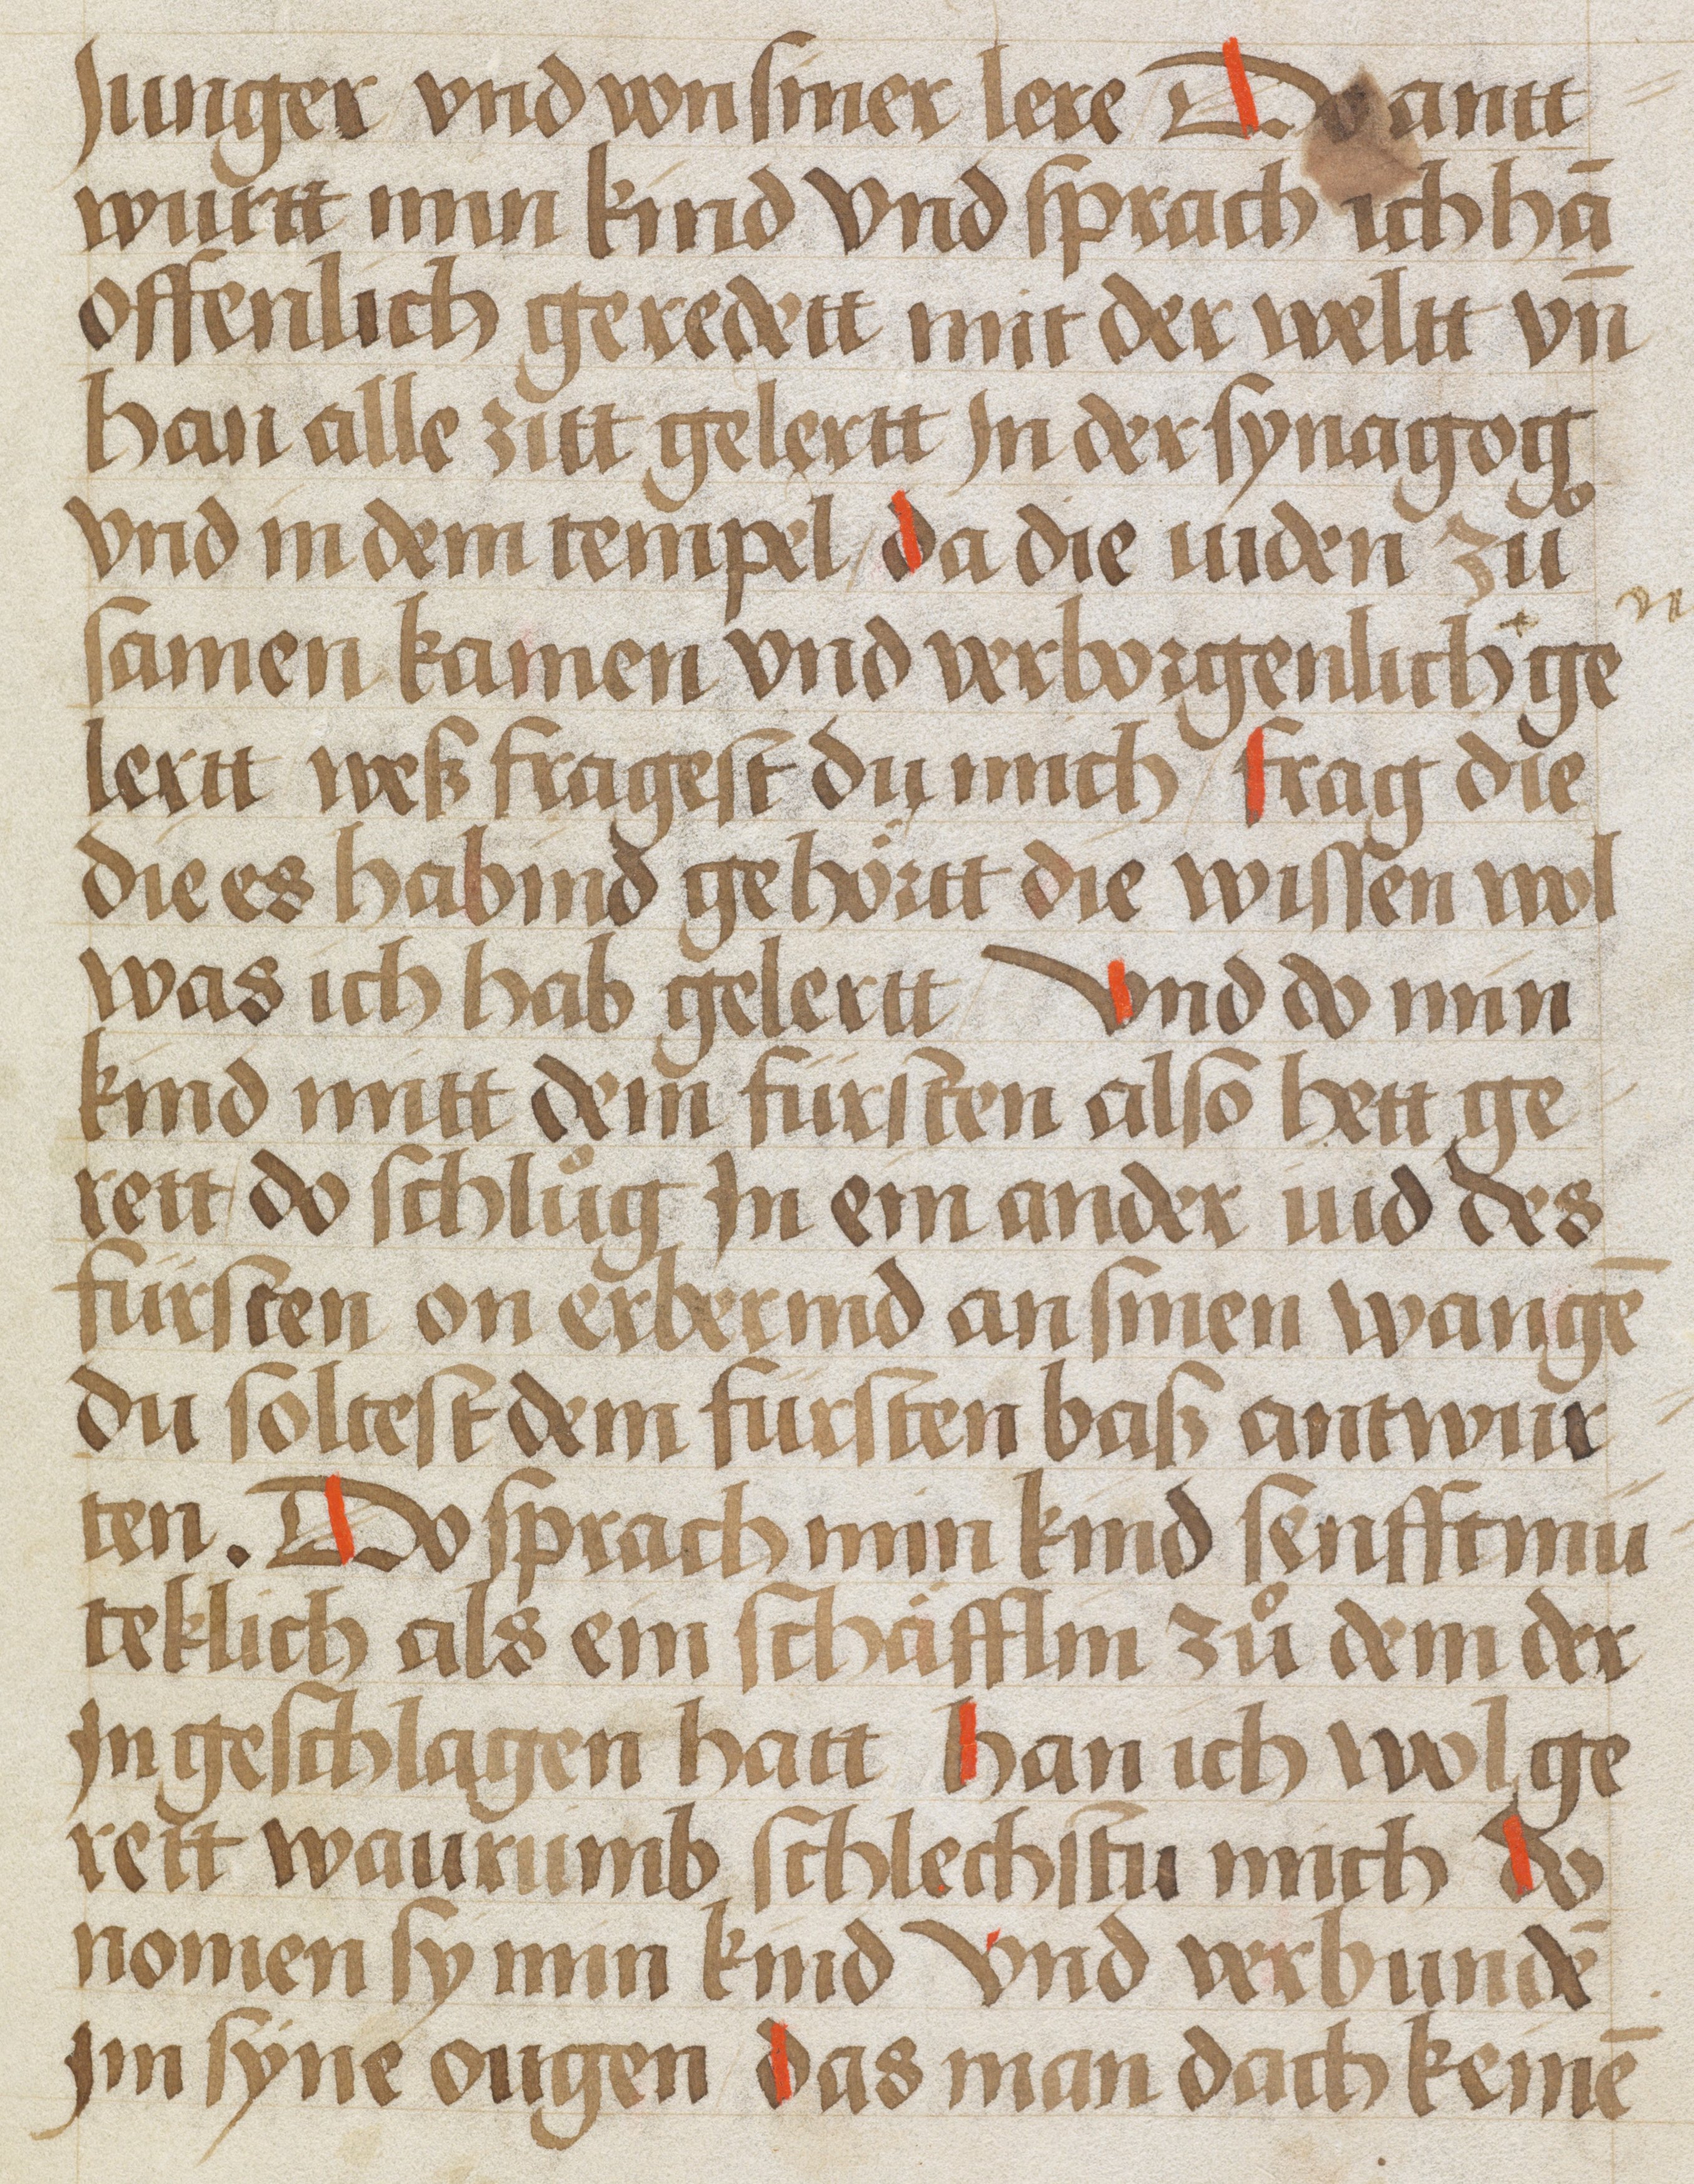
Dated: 1450–1499